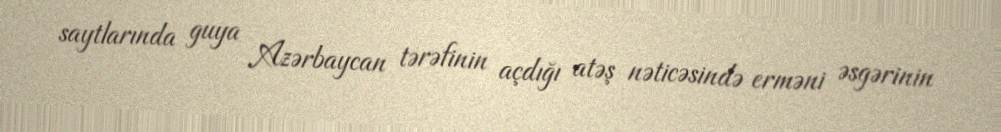
saytlarında guya Azərbaycan tərəfinin açdığı atəş nəticəsində erməni əsgərinin